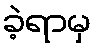
ခဲ့ရာမှ